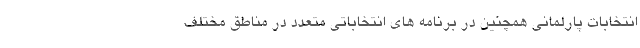
انتخابات پارلمانی همچنین در برنامه های انتخاباتی متعدد در مناطق مختلف